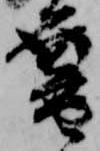
暮